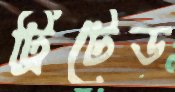
ট্রিটেড